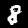
Digit: 8